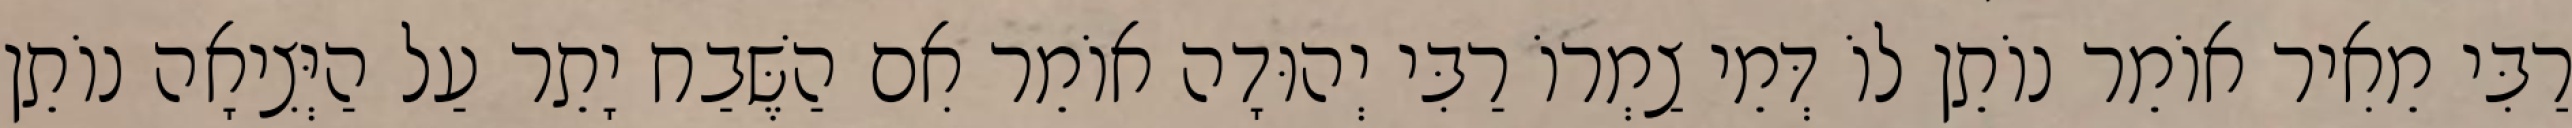
רַבִּי מֵאִיר אוֹמֵר נוֹתֵן לוֹ דְּמֵי צַמְרוֹ רַבִּי יְהוּדָה אוֹמֵר אִם הַשֶּׁבַח יָתֵר עַל הַיְּצִיאָה נוֹתֵן